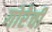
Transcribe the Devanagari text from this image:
गोरेची